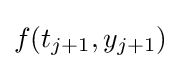
f(t_{j+1},y_{j+1})